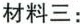
材料三：